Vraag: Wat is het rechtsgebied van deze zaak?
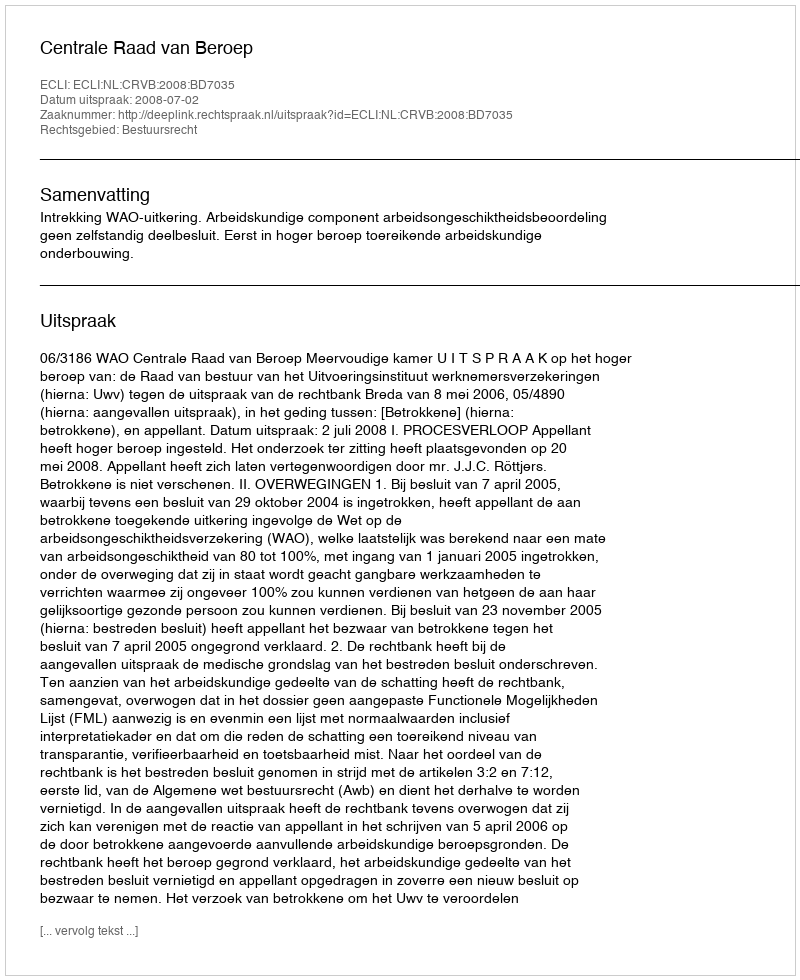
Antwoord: Bestuursrecht